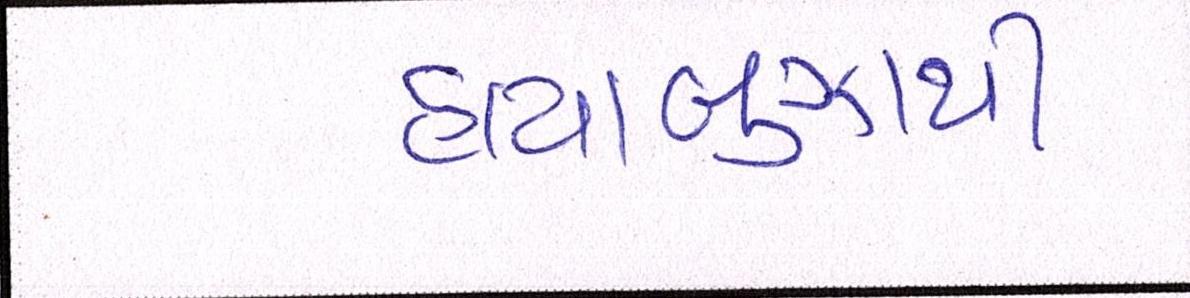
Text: હાયાબુઝાથી